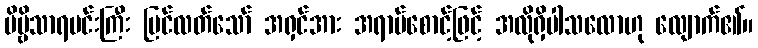
ဗိမ္ဗိသာရမင်းကြီး မြင်လတ်သော် အရှင်အား အရာမ်စောင့်ဖြင့် အလိုရှိပါသလောဟု လျောက်၏။